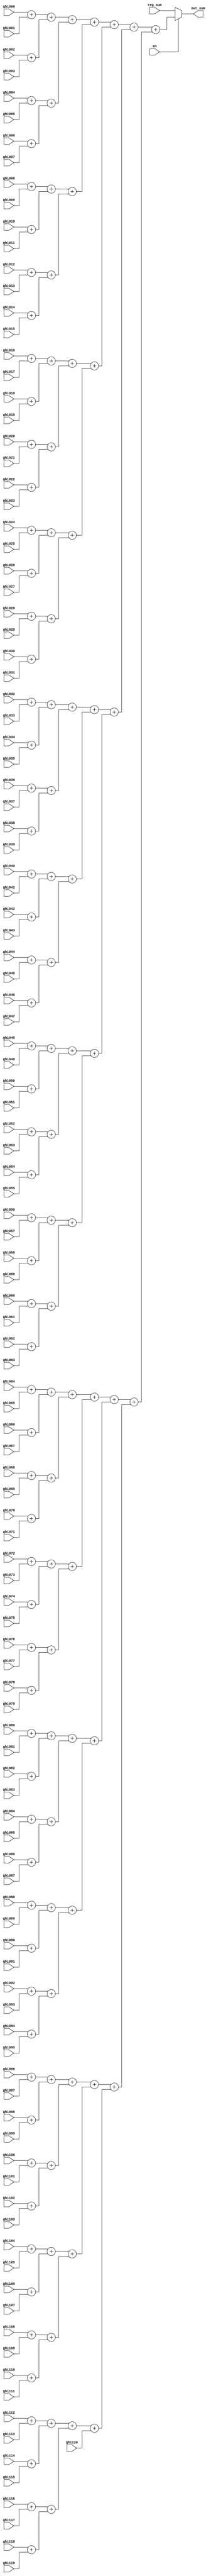

module sum_ghi(
    ghi000,ghi001,ghi002,ghi003,ghi004,ghi005,ghi006,ghi007,ghi008,ghi009,
    ghi010,ghi011,ghi012,ghi013,ghi014,ghi015,ghi016,ghi017,ghi018,ghi019,
    ghi020,ghi021,ghi022,ghi023,ghi024,ghi025,ghi026,ghi027,ghi028,ghi029,
    ghi030,ghi031,ghi032,ghi033,ghi034,ghi035,ghi036,ghi037,ghi038,ghi039,
    ghi040,ghi041,ghi042,ghi043,ghi044,ghi045,ghi046,ghi047,ghi048,ghi049,
    ghi050,ghi051,ghi052,ghi053,ghi054,ghi055,ghi056,ghi057,ghi058,ghi059,
    ghi060,ghi061,ghi062,ghi063,ghi064,ghi065,ghi066,ghi067,ghi068,ghi069,
    ghi070,ghi071,ghi072,ghi073,ghi074,ghi075,ghi076,ghi077,ghi078,ghi079,
    ghi080,ghi081,ghi082,ghi083,ghi084,ghi085,ghi086,ghi087,ghi088,ghi089,
    ghi090,ghi091,ghi092,ghi093,ghi094,ghi095,ghi096,ghi097,ghi098,ghi099,
    ghi100,ghi101,ghi102,ghi103,ghi104,ghi105,ghi106,ghi107,ghi108,ghi109,
    ghi110,ghi111,ghi112,ghi113,ghi114,ghi115,ghi116,ghi117,ghi118,ghi119,ghi120,
    reg_sum,out_sum,
    en
);

//==== I/O port ==========================
input  [19:0] ghi000,ghi001,ghi002,ghi003,ghi004,ghi005,ghi006,ghi007,ghi008,ghi009;
input  [19:0] ghi010,ghi011,ghi012,ghi013,ghi014,ghi015,ghi016,ghi017,ghi018,ghi019;
input  [19:0] ghi020,ghi021,ghi022,ghi023,ghi024,ghi025,ghi026,ghi027,ghi028,ghi029;
input  [19:0] ghi030,ghi031,ghi032,ghi033,ghi034,ghi035,ghi036,ghi037,ghi038,ghi039;
input  [19:0] ghi040,ghi041,ghi042,ghi043,ghi044,ghi045,ghi046,ghi047,ghi048,ghi049;
input  [19:0] ghi050,ghi051,ghi052,ghi053,ghi054,ghi055,ghi056,ghi057,ghi058,ghi059;
input  [19:0] ghi060,ghi061,ghi062,ghi063,ghi064,ghi065,ghi066,ghi067,ghi068,ghi069;
input  [19:0] ghi070,ghi071,ghi072,ghi073,ghi074,ghi075,ghi076,ghi077,ghi078,ghi079;
input  [19:0] ghi080,ghi081,ghi082,ghi083,ghi084,ghi085,ghi086,ghi087,ghi088,ghi089;
input  [19:0] ghi090,ghi091,ghi092,ghi093,ghi094,ghi095,ghi096,ghi097,ghi098,ghi099;
input  [19:0] ghi100,ghi101,ghi102,ghi103,ghi104,ghi105,ghi106,ghi107,ghi108,ghi109;
input  [19:0] ghi110,ghi111,ghi112,ghi113,ghi114,ghi115,ghi116,ghi117,ghi118,ghi119,ghi120;

output reg [26:0] out_sum;
input      [26:0] reg_sum;
input             en;

wire [20:0] temp2[0:60];
wire [21:0] temp4[0:30];
wire [22:0] temp8[0:15];
wire [23:0] temp16[0:7];
wire [24:0] temp32[0:3];
wire [25:0] temp64[0:1];

assign temp2[0 ] = ghi000 + ghi001;
assign temp2[1 ] = ghi002 + ghi003;
assign temp2[2 ] = ghi004 + ghi005;
assign temp2[3 ] = ghi006 + ghi007;
assign temp2[4 ] = ghi008 + ghi009;
assign temp2[5 ] = ghi010 + ghi011;
assign temp2[6 ] = ghi012 + ghi013;
assign temp2[7 ] = ghi014 + ghi015;
assign temp2[8 ] = ghi016 + ghi017;
assign temp2[9 ] = ghi018 + ghi019;
assign temp2[10] = ghi020 + ghi021;
assign temp2[11] = ghi022 + ghi023;
assign temp2[12] = ghi024 + ghi025;
assign temp2[13] = ghi026 + ghi027;
assign temp2[14] = ghi028 + ghi029;
assign temp2[15] = ghi030 + ghi031;
assign temp2[16] = ghi032 + ghi033;
assign temp2[17] = ghi034 + ghi035;
assign temp2[18] = ghi036 + ghi037;
assign temp2[19] = ghi038 + ghi039;
assign temp2[20] = ghi040 + ghi041;
assign temp2[21] = ghi042 + ghi043;
assign temp2[22] = ghi044 + ghi045;
assign temp2[23] = ghi046 + ghi047;
assign temp2[24] = ghi048 + ghi049;
assign temp2[25] = ghi050 + ghi051;
assign temp2[26] = ghi052 + ghi053;
assign temp2[27] = ghi054 + ghi055;
assign temp2[28] = ghi056 + ghi057;
assign temp2[29] = ghi058 + ghi059;
assign temp2[30] = ghi060 + ghi061;
assign temp2[31] = ghi062 + ghi063;
assign temp2[32] = ghi064 + ghi065;
assign temp2[33] = ghi066 + ghi067;
assign temp2[34] = ghi068 + ghi069;
assign temp2[35] = ghi070 + ghi071;
assign temp2[36] = ghi072 + ghi073;
assign temp2[37] = ghi074 + ghi075;
assign temp2[38] = ghi076 + ghi077;
assign temp2[39] = ghi078 + ghi079;
assign temp2[40] = ghi080 + ghi081;
assign temp2[41] = ghi082 + ghi083;
assign temp2[42] = ghi084 + ghi085;
assign temp2[43] = ghi086 + ghi087;
assign temp2[44] = ghi088 + ghi089;
assign temp2[45] = ghi090 + ghi091;
assign temp2[46] = ghi092 + ghi093;
assign temp2[47] = ghi094 + ghi095;
assign temp2[48] = ghi096 + ghi097;
assign temp2[49] = ghi098 + ghi099;
assign temp2[50] = ghi100 + ghi101;
assign temp2[51] = ghi102 + ghi103;
assign temp2[52] = ghi104 + ghi105;
assign temp2[53] = ghi106 + ghi107;
assign temp2[54] = ghi108 + ghi109;
assign temp2[55] = ghi110 + ghi111;
assign temp2[56] = ghi112 + ghi113;
assign temp2[57] = ghi114 + ghi115;
assign temp2[58] = ghi116 + ghi117;
assign temp2[59] = ghi118 + ghi119;
assign temp2[60] = ghi120;

assign temp4[0 ] = temp2[00] + temp2[01];
assign temp4[1 ] = temp2[02] + temp2[03];
assign temp4[2 ] = temp2[04] + temp2[05];
assign temp4[3 ] = temp2[06] + temp2[07];
assign temp4[4 ] = temp2[08] + temp2[09];
assign temp4[5 ] = temp2[10] + temp2[11];
assign temp4[6 ] = temp2[12] + temp2[13];
assign temp4[7 ] = temp2[14] + temp2[15];
assign temp4[8 ] = temp2[16] + temp2[17];
assign temp4[9 ] = temp2[18] + temp2[19];
assign temp4[10] = temp2[20] + temp2[21];
assign temp4[11] = temp2[22] + temp2[23];
assign temp4[12] = temp2[24] + temp2[25];
assign temp4[13] = temp2[26] + temp2[27];
assign temp4[14] = temp2[28] + temp2[29];
assign temp4[15] = temp2[30] + temp2[31];
assign temp4[16] = temp2[32] + temp2[33];
assign temp4[17] = temp2[34] + temp2[35];
assign temp4[18] = temp2[36] + temp2[37];
assign temp4[19] = temp2[38] + temp2[39];
assign temp4[20] = temp2[40] + temp2[41];
assign temp4[21] = temp2[42] + temp2[43];
assign temp4[22] = temp2[44] + temp2[45];
assign temp4[23] = temp2[46] + temp2[47];
assign temp4[24] = temp2[48] + temp2[49];
assign temp4[25] = temp2[50] + temp2[51];
assign temp4[26] = temp2[52] + temp2[53];
assign temp4[27] = temp2[54] + temp2[55];
assign temp4[28] = temp2[56] + temp2[57];
assign temp4[29] = temp2[58] + temp2[59];
assign temp4[30] = temp2[60];

assign temp8[0 ] = temp4[00] + temp4[01];
assign temp8[1 ] = temp4[02] + temp4[03];
assign temp8[2 ] = temp4[04] + temp4[05];
assign temp8[3 ] = temp4[06] + temp4[07];
assign temp8[4 ] = temp4[08] + temp4[09];
assign temp8[5 ] = temp4[10] + temp4[11];
assign temp8[6 ] = temp4[12] + temp4[13];
assign temp8[7 ] = temp4[14] + temp4[15];
assign temp8[8 ] = temp4[16] + temp4[17];
assign temp8[9 ] = temp4[18] + temp4[19];
assign temp8[10] = temp4[20] + temp4[21];
assign temp8[11] = temp4[22] + temp4[23];
assign temp8[12] = temp4[24] + temp4[25];
assign temp8[13] = temp4[26] + temp4[27];
assign temp8[14] = temp4[28] + temp4[29];
assign temp8[15] = temp4[30];

assign temp16[0] = temp8[00] + temp8[01];
assign temp16[1] = temp8[02] + temp8[03];
assign temp16[2] = temp8[04] + temp8[05];
assign temp16[3] = temp8[06] + temp8[07];
assign temp16[4] = temp8[08] + temp8[09];
assign temp16[5] = temp8[10] + temp8[11];
assign temp16[6] = temp8[12] + temp8[13];
assign temp16[7] = temp8[14] + temp8[15];

assign temp32[0] = temp16[0] + temp16[1];
assign temp32[1] = temp16[2] + temp16[3];
assign temp32[2] = temp16[4] + temp16[5];
assign temp32[3] = temp16[6] + temp16[7];

assign temp64[0] = temp32[0] + temp32[1];
assign temp64[1] = temp32[2] + temp32[3];

always @(*) begin
    if (en) begin
        out_sum = temp64[0] + temp64[1];
    end
    else begin
        out_sum = reg_sum;
    end
end

endmodule